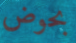
بحوض